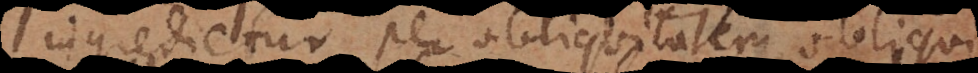
ingredietur per obliquitatem obliqui